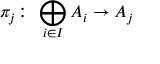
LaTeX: \pi _ { j } \colon \, \bigoplus _ { i \in I } A _ { i } \to A _ { j }